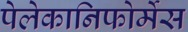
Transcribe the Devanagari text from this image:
पेलेकानिफोर्मेस